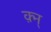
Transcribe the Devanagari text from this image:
क़्न्